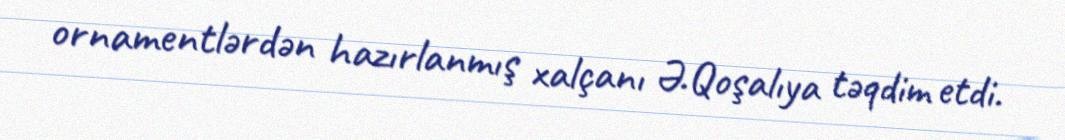
ornamentlərdən hazırlanmış xalçanı Ə.Qoşalıya təqdim etdi.